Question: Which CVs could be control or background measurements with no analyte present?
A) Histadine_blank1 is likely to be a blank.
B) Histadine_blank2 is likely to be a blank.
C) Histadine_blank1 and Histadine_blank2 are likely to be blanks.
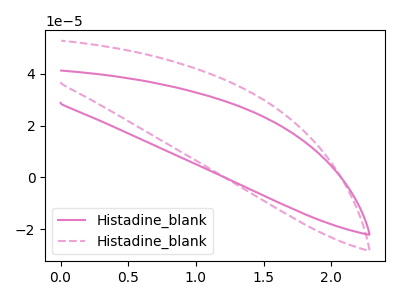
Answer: <think>The pink curve "Histadine_blank1" has no peaks. The pink dashed curve "Histadine_blank2" has no peaks.</think>
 <answer>C) "Histadine_blank1" and "Histadine_blank2" are likely to be blanks.</answer>
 <eval>C</eval>